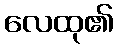
လေထု၏